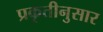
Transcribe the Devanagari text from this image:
प्रकृतीनुसार